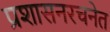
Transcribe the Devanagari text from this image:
प्रशासनरचनेत